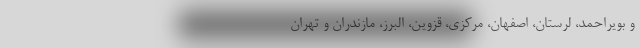
و بویراحمد، لرستان، اصفهان، مرکزی، قزوین، البرز، مازندران و تهران